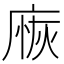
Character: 𢉸